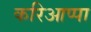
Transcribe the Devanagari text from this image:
करिआप्पा